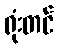
ရုံးတင်